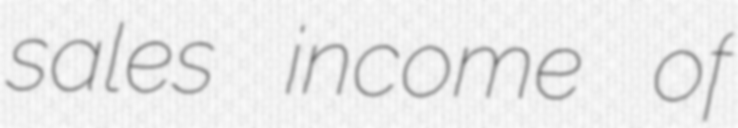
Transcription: sales income of